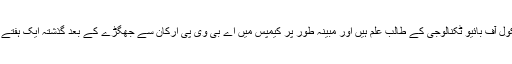
نجیب احمد اسکول آف بائیو ٹکنالوجی کے طالب علم ہیں اور مبینہ طور پر کیمپس میں اے بی وی پی ارکان سے جھگڑے کے بعد گذشتہ ایک ہفتے سے لاپتہ ہیں۔